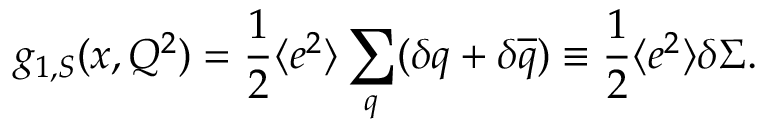
g _ { 1 , S } ( x , Q ^ { 2 } ) = \frac { 1 } { 2 } \langle e ^ { 2 } \rangle \sum _ { q } ( \delta q + \delta \overline { { { q } } } ) \equiv \frac { 1 } { 2 } \langle e ^ { 2 } \rangle \delta \Sigma .